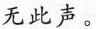
无此声。